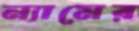
ন্যামের